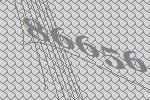
86656